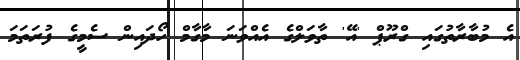
އެ މުބާރާތުގައި ގްރޫޕް 'އޭ' ތާވަލްގެ އެއްވަނަ މާގާމް ހޯދައިން ސެމީގެ ފުރަތަމަ